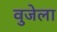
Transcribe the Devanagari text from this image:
वुजेला